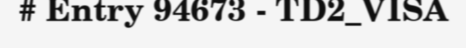
# Entry 94673 - TD2_VISA